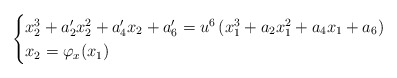
\begin{align*} \begin{cases} x_2^3+a'_2x_2^2+a'_4x_2+a'_6 = u^6\left( x_1^3+a_2 x_1^2+a_4x_1+a_6\right)\\ x_2 =\varphi_x(x_1) \end{cases}\end{align*}